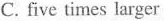
C. five times larger